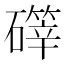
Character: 𪿺